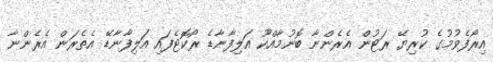
އިރޯފެވުމުގެ ކުރިޔޭ ރަޓުން އެރެންނާ ބޮނުމާއްކޫ އަލިފާނާޑެ ރޯކޮޓެފައި އަލިފާނާޑޭ އެތެރަން އެރެންނާ